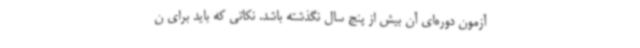
آزمون دوره‌ای آن بیش از پنج سال نگذشته باشد. نکاتی که باید برای ن